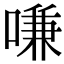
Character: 嗛